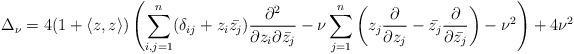
LaTeX: \begin{align*}\Delta _{\nu }=4(1+\langle z,z\rangle )\left( \sum_{i,j=1}^{n}(\delta_{ij}+z_{i}\bar{z_{j}})\frac{\partial ^{2}}{\partial z_{i}\partial \bar{z_{j}}}-\nu \sum_{j=1}^{n}\left( z_{j}\frac{\partial }{\partial z_{j}}-\bar{z_{j}}\frac{\partial }{\partial \bar{z_{j}}}\right) -\nu ^{2}\right) +4\nu ^{2}\end{align*}